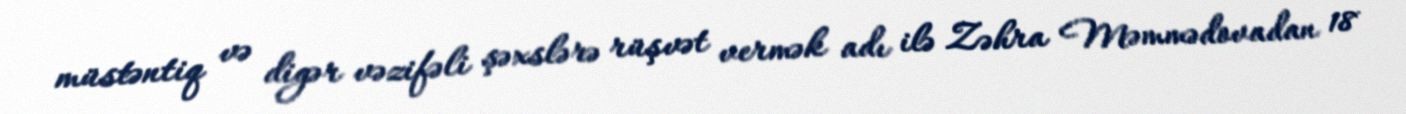
müstəntiq və digər vəzifəli şəxslərə rüşvət vermək adı ilə Zəhra Məmmədovadan 18